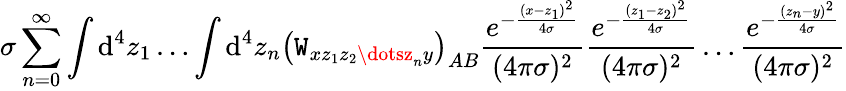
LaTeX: \sigma\sum_{n=0}^{\infty}\int\mathrm{d}^{4}z_{1}\dots\int\mathrm{d}^{4}z_{n}\left(\mathtt{W}_{xz_{1}z_{2}\dotsz_{n}y}\right)_{AB}\frac{{e^{-\frac{{(x-z_{1})^{2}}}{{4\sigma}}}}}{{(4\pi\sigma)^{2}}}\frac{{e^{-\frac{{(z_{1}-z_{2})^{2}}}{{4\sigma}}}}}{{(4\pi\sigma)^{2}}}\dots\frac{{e^{-\frac{{(z_{n}-y)^{2}}}{{4\sigma}}}}}{{(4\pi\sigma)^{2}}}